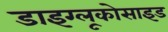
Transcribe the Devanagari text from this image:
डाइग्लूकोसाइड